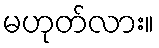
မဟုတ်လား။